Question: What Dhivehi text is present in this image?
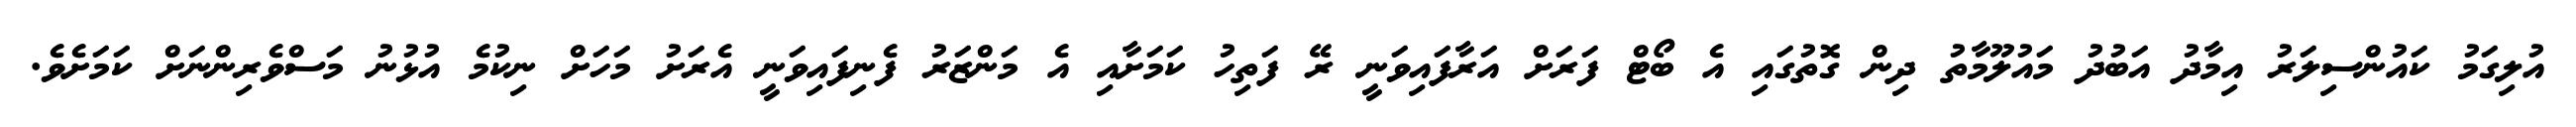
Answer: އުލިގަމު ކައުންސިލަރު އިމާދު އަބުދު މައުލޫމާތު ދިން ގޮތުގައި އެ ބޯޓް ފަރަށް އަރާފައިވަނީ ރޭ ފަތިހު ކަމަށާއި އެ މަންޒަރު ފެނިފައިވަނީ އެރަށު މަހަށް ނިކުމެ އުޅުނު މަސްވެރިންނަށް ކަމަށެވެ.